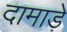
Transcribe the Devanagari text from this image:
दामाड़े